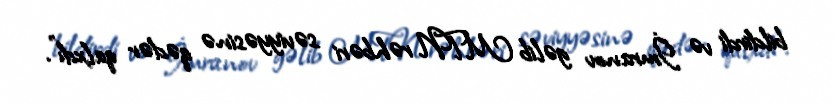
bildirdi və İmranov gəlib MTN rəhbəri səviyyəsinə qədər qalxdı”.